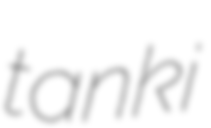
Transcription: tanki